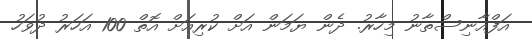
އަފްއާނިސްތާނު މިހާރު. ދެން ޔަމަން އަށް ކުރިއަށް އޮތް 100 އަހަރު ދުވަހު